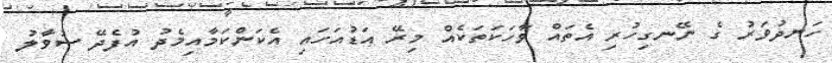
ހަނދުވަރު ގެ ނޭނގިހުރި އެތައް ވާހަކަތަކެއް މިރޭ އަޑުއަހައި އެކަންކަމާއިމެދު އުފެދޭ ސުވާލު